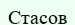
Стасов